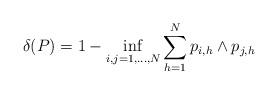
LaTeX: \begin{align*} \delta(P)=1-\inf_{i,j =1, \dots, N} \sum_{h =1}^Np_{i,h}\wedge p_{j,h}\end{align*}